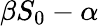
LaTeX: \beta S_{0}-\alpha